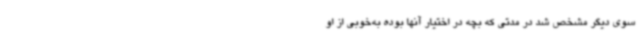
سوی دیگر مشخص شد در مدتی که بچه در اختیار آنها بوده به‌خوبی از او